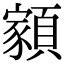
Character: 𩔧